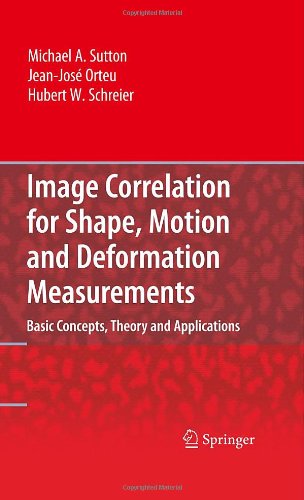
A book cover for Image Correlation for Shape, Motion and Deformation Measurements: Basic Concepts,Theory and Applications; Michael A. Sutton; Computers & Technology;